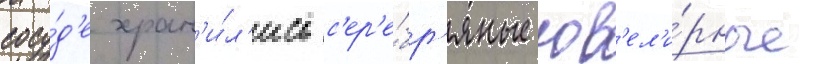
сосу́д'е хран'и́л'ись с'ер'е́бр'яные юв'ел'и́рные